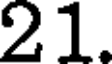
21.